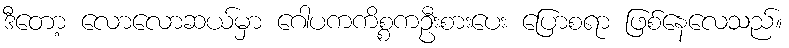
ဒီတော့ လောလောဆယ်မှာ ဂေါပကကိစ္စကဦးစားပေး ပြောစရာ ဖြစ်နေလေသည်။